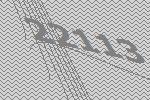
22113